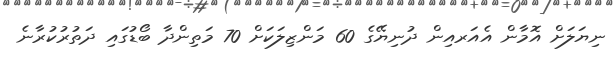
ނިޔަލަށް އޮމާން އެއަރއިން ދުނިޔޭގެ 60 މަންޒިލަކަށް 70 މަތިންދާ ބޯޑުގައި ދަތުރުކުރާނެ